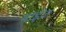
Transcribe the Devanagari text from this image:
थाईज़